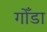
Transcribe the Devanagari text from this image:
गोँडा